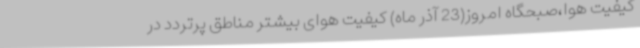
کیفیت هوا،صبحگاه امروز(23 آذر ماه) کیفیت هوای بیشتر مناطق پرتردد در